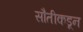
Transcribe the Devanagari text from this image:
सौतीकडून